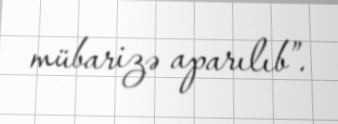
mübarizə aparılıb”.